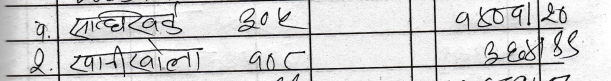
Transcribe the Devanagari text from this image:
१.	साँधिग्वड	३०८		९४०१	२०
२.	पानीखोला	१००		३६०	४४